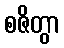
စဇိတွာ